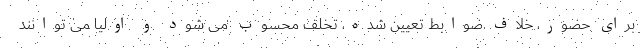
برای حضور، خلاف ضوابط تعیین شده، تخلف محسوب می شود و اولیا می توانند